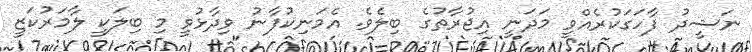
ނަޝީދު ފާހަގަކުރެއްވީ މަދަނީ އިޖުރާތުގެ ބިލެވެ. އެމަނިކުފާނު ވިދާޅުވީ މި ބިލަކީ ލާމަރުކަޒީ